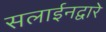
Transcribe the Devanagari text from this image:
सलाईनद्वारे